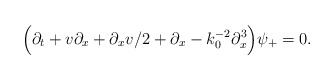
\begin{align*}\Bigl(\partial_t + v \partial_x + \partial_x v/2 + \partial_x- k_0^{-2}\partial^{3}_x\Bigr) \psi_{+} = 0.\end{align*}